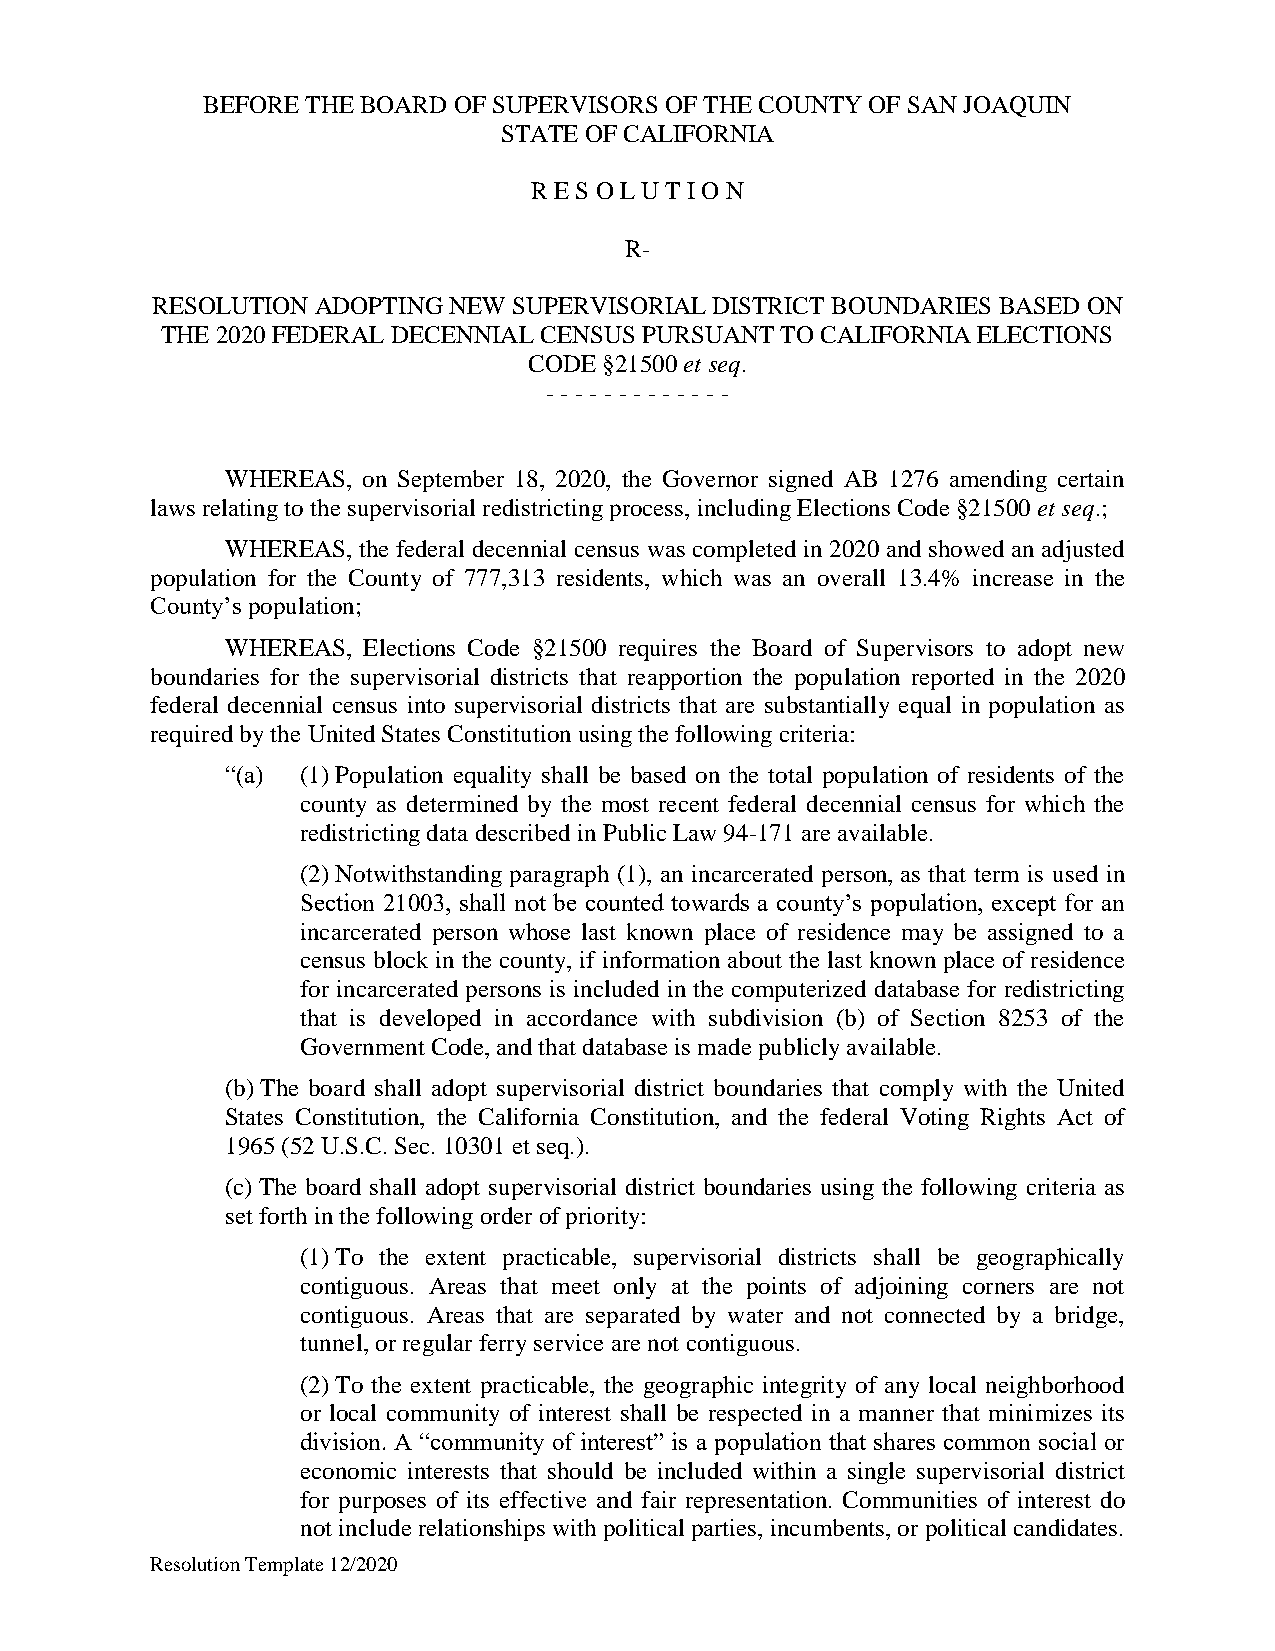
BEFORE THE BOARD OF SUPERVISORS OF THE COUNTY OF SAN JOAQUIN
 STATE OF CALIFORNIA
 R E S O L U T I O N
 R-
 RESOLUTION ADOPTING NEW SUPERVISORIAL DISTRICT BOUNDARIES BASED ON
 THE 2020 FEDERAL DECENNIAL CENSUS PURSUANT TO CALIFORNIA ELECTIONS
 CODE §21500 et seq.
 - - - - - - - - - - - - -
 WHEREAS, on September 18, 2020, the Governor signed AB 1276 amending certain
 laws relating to the supervisorial redistricting process, including Elections Code §21500 et seq.;
 WHEREAS, the federal decennial census was completed in 2020 and showed an adjusted
 population for the County of 777,313 residents, which was an overall 13.4% increase in the
 County’s population;
 WHEREAS, Elections Code §21500 requires the Board of Supervisors to adopt new
 boundaries for the supervisorial districts that reapportion the population reported in the 2020
 federal decennial census into supervisorial districts that are substantially equal in population as
 required by the United States Constitution using the following criteria:
 “(a) (1) Population equality shall be based on the total population of residents of the
 county as determined by the most recent federal decennial census for which the
 redistricting data described in Public Law 94-171 are available.
 (2) Notwithstanding paragraph (1), an incarcerated person, as that term is used in
 Section 21003, shall not be counted towards a county’s population, except for an
 incarcerated person whose last known place of residence may be assigned to a
 census block in the county, if information about the last known place of residence
 for incarcerated persons is included in the computerized database for redistricting
 that is developed in accordance with subdivision (b) of Section 8253 of the
 Government Code, and that database is made publicly available.
 (b) The board shall adopt supervisorial district boundaries that comply with the United
 States Constitution, the California Constitution, and the federal Voting Rights Act of
 1965 (52 U.S.C. Sec. 10301 et seq.).
 (c) The board shall adopt supervisorial district boundaries using the following criteria as
 set forth in the following order of priority:
 (1) To the extent practicable, supervisorial districts shall be geographically
 contiguous. Areas that meet only at the points of adjoining corners are not
 contiguous. Areas that are separated by water and not connected by a bridge,
 tunnel, or regular ferry service are not contiguous.
 (2) To the extent practicable, the geographic integrity of any local neighborhood
 or local community of interest shall be respected in a manner that minimizes its
 division. A “community of interest” is a population that shares common social or
 economic interests that should be included within a single supervisorial district
 for purposes of its effective and fair representation. Communities of interest do
 not include relationships with political parties, incumbents, or political candidates.
 Resolution Template 12/2020